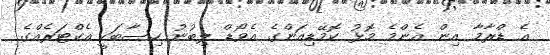
އެ ޑްރާމާ އިން އެންމެ މޮޅު ކޮމޭޑިއަންގެ އެވޯޑް ލިބުނު ހިސާބަކީ އެކްޓަރެއްގެ